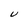
Character: U